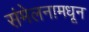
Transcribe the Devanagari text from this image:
संमेलनामधून